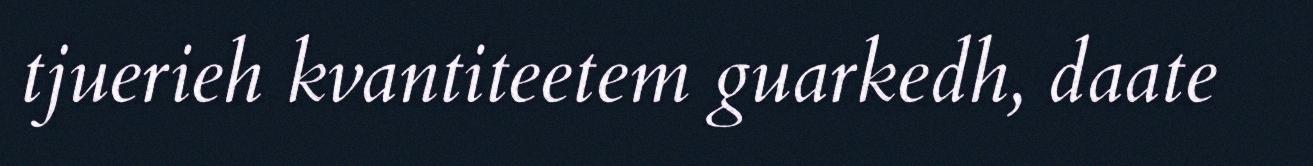
tjuerieh kvantiteetem guarkedh, daate